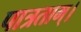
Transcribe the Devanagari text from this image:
पात्रताम्।